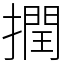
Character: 撋